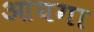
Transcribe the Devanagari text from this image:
आयगा